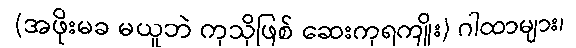
(အဖိုးမခ မယူဘဲ ကုသိုဖြစ် ဆေးကုရကျိုး) ဂါထာများ၊